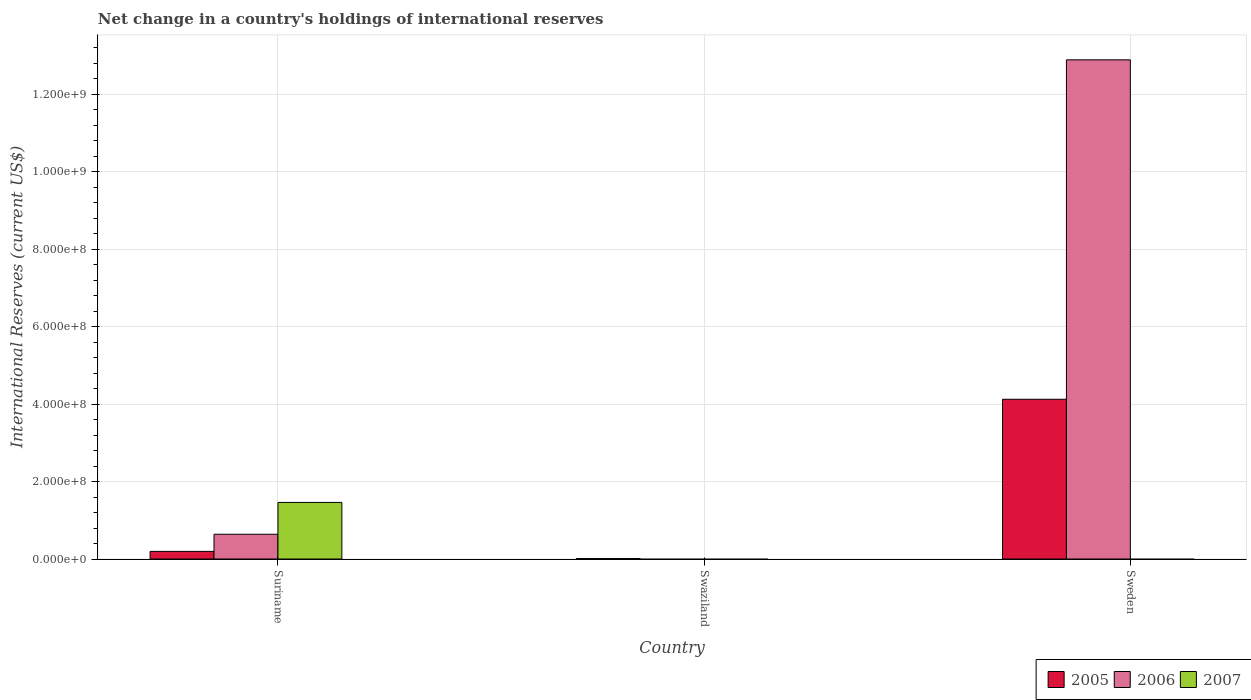
| Country | 2005 | 2006 | 2007 |
 | --- | --- | --- | --- |
 | Suriname | 1.97e+07 | 6.39e+07 | 1.46e+08 |
 | Swaziland | 1.1e+06 | -1.49e+08 | -3.65e+08 |
 | Sweden | 4.12e+08 | 1.29e+09 | -4.47e+08 |